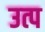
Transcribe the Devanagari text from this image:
उत्प